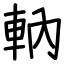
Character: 軜